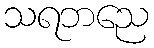
သရဘညေ